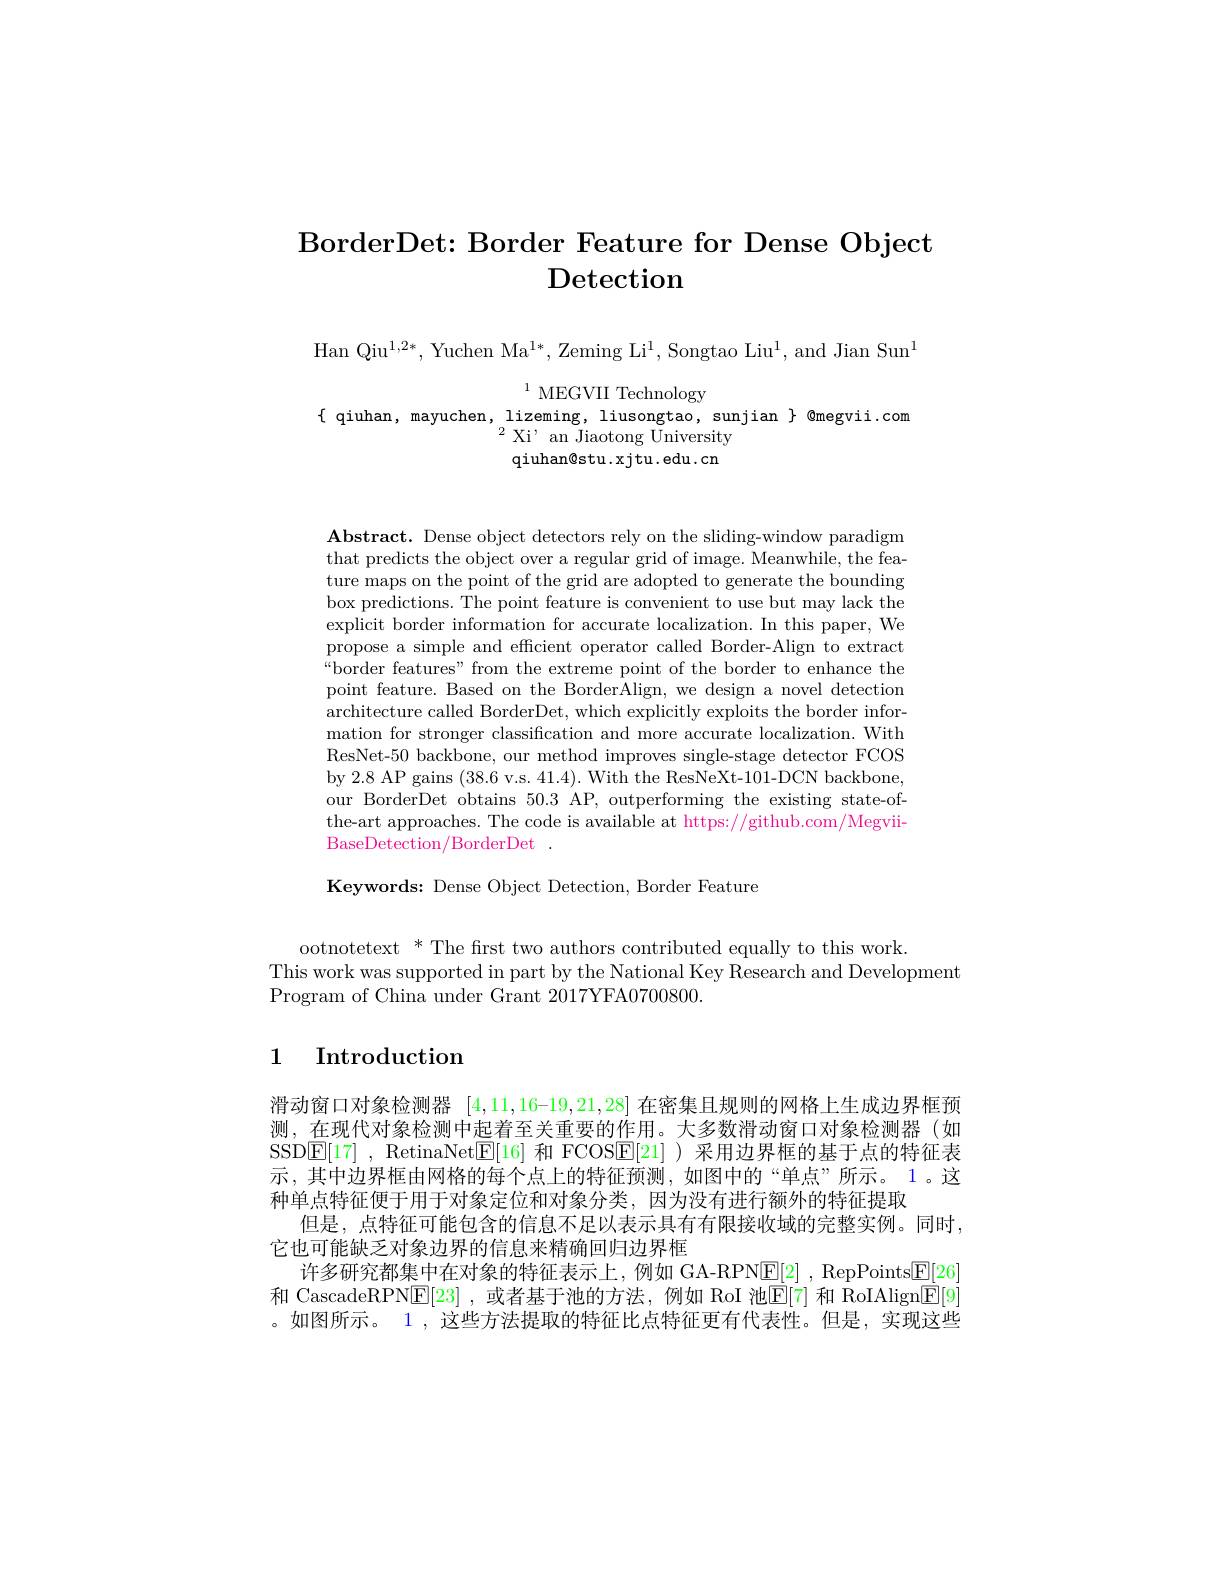
# BorderDet: Border Feature for Dense Object Detection

Han Qi$u^{1, 2* }$, Yuchen M$a^{1* }$, Zeming L$i^{1}$, Songtao Li$u^{1}$, and Jian Su$n^{1}$

$^{1}$ MEGVII Technology
$\{$qiuhan, mayuchen, lizeming, liusongtao, sunjian $\}$ @megvii.com
$^{2}{\mathrm{~Xi}}^{,}{\mathrm{~an~Jiaotong~University}}$ qiuhan@ stu. xjtu. edu. cn

$\mathbf{Abstract.~Dense~object~detectors~rely~on~the~sliding-window~paradigm}$ that predicts the object over a regular grid of image. Meanwhile, the feature maps on the point of the grid are adopted to generate the bounding box predictions. The point feature is convenient to use but may lack the explicit border information for accurate localization. In this paper, We propose a simple and effcient operator called Border-Align to extract “border features" from the extreme point of the border to enhance the point feature. Based on the BorderAlign, we design a novel detection architecture called BorderDet, which explicitly exploits the border information for stronger classification and more accurate localization. With ResNet-50 backbone, our method improves single-stage detector FCOS by 2.8 AP gains (38.6 v.s. 41.4). With the ResNeXt-101-DCN backbone, our BorderDet obtains 50.3 AP, outperforming the existing state-ofthe-art approaches. The code is available at https://github.com/MegviiBaseDetection/BorderDet.

Keywords: Dense Object Detection, Border Feature

ootnotetext * The first two authors contributed equally to this work.
This work was supported in part by the National Key Research and Development
Program of China under Grant 2017YFA0700800.

## 1 Introduction

滑动窗口对象检测器$[4,11,16–19,21,28]$在密集且规则的网格上生成边界框预测，在现代对象检测中起着至关重要的作用。大多数滑动窗口对象检测器(如SSD$\boxed{\mathrm{E} }[ 17]$ ,RetinaNet$\boxed{\mathrm{E}}[16]$和 FCOS$\boxed{\mathrm{E}}[21]$ )采用边界框的基于点的特征表示，其中边界框由网格的每个点上的特征预测，如图中的“单点”所示。1。这种单点特征便于用于对象定位和对象分类，因为没有进行额外的特征提取
但是，点特征可能包含的信息不足以表示具有有限接收域的完整实例。同时，
它也可能缺乏对象边界的信息来精确回归边界框
许多研究都集中在对象的特征表示上，例如 GA-RPN$\boxed{\mathrm{E} }[ 2]$ , RepPoints$\boxed{\mathrm{E}}[26]$ 和 CascadeRPN$\underline{\mathrm{E}}[23]$ ,或者基于池的方法，例如 RoI 池$\underline{\mathrm{E}}[7]$ 和 RoIAlign$\underline{\mathrm{E}}[9]$ 。如图所示。1 , 这些方法提取的特征比点特征更有代表性。但是，实现这些